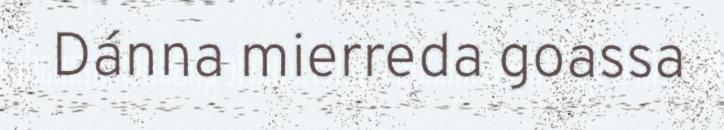
Dánna mierreda goassa